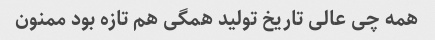
همه چی عالی تاریخ تولید همگی هم تازه بود ممنون